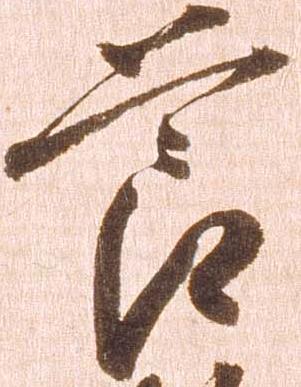
節